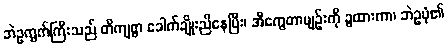
ဘဲဥကွက်ကြီးသည် တိကျစွာ ခေါက်ချိုးညီနေပြီး၊ အီကွေတာမျဉ်းကို ခွထားကာ၊ ဘဲဥပုံ၏